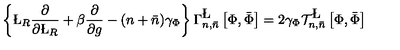
\left\{ \L _ { R } \frac { \partial } { \partial \L _ { R } } + \beta \frac { \partial } { \partial g } - ( n + \bar { n } ) \gamma _ { \Phi } \right\} \Gamma _ { n , \bar { n } } ^ { \L } \left[ \Phi , \bar { \Phi } \right] = 2 \gamma _ { \Phi } { \cal T } _ { n , \bar { n } } ^ { \L } \left[ \Phi , \bar { \Phi } \right]